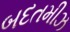
બદતમીઝ